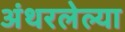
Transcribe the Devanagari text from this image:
अंथरलेल्या